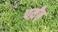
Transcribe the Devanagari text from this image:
पर्य़ंत